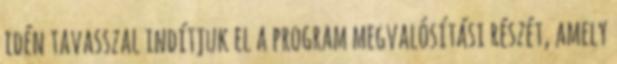
idén tavasszal indítjuk el a program megvalósítási részét, amely